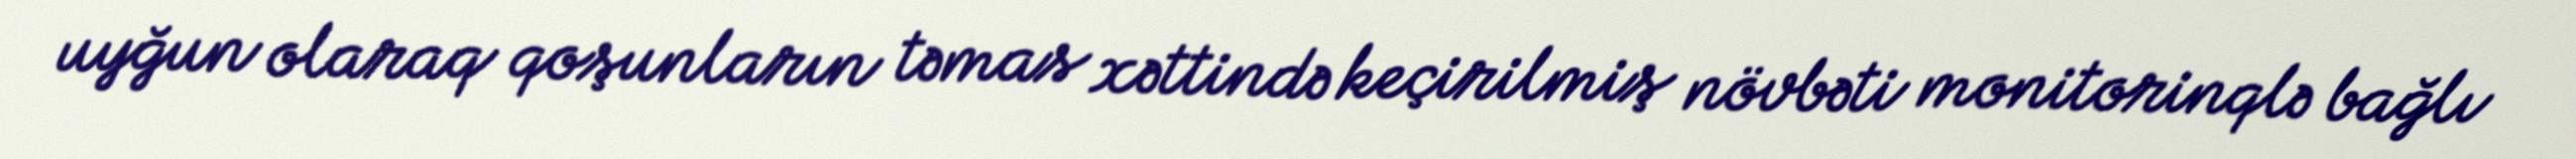
uyğun olaraq qoşunların təmas xəttində keçirilmiş növbəti monitorinqlə bağlı